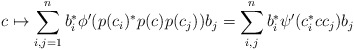
\begin{align*} c \mapsto \sum_{i,j=1}^n b_i^\ast \phi'(p(c_i)^\ast p(c) p(c_j)) b_j = \sum_{i,j}^n b_i^\ast \psi'(c_i^\ast c c_j) b_j \end{align*}